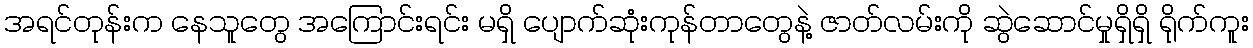
အရင်တုန်းက နေသူတွေ အကြောင်းရင်း မရှိ ပျောက်ဆုံးကုန်တာတွေနဲ့ ဇာတ်လမ်းကို ဆွဲဆောင်မှုရှိရှိ ရိုက်ကူး